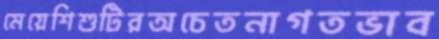
মেয়েশিশুটিরঅচেতনাগতভাব